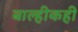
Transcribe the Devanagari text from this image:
बाल्हीकही